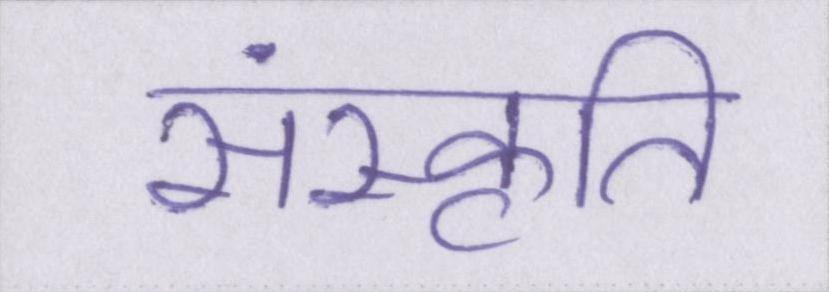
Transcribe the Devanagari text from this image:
संस्कृति